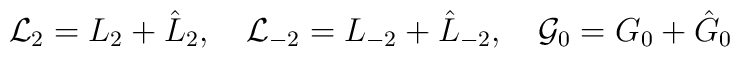
{\cal L}_{2}=L_{2}+\hat{L}_{2},\quad{\cal L}_{-2}=L_{-2}+\hat{L}_{-2},\quad{\cal G}_{0}=G_{0}+\hat{G}_{0}